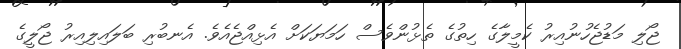
ޖޯލި މަޑުޖެހުނުއިރު ކެމީލާގެ ހިތުގެ ތެޅުންވެސް ހަމަޔަކަށް އެޅިއްޖެއެވެ. އެނބުރި ބަލައިލިއިރު ޖޯލީގެ